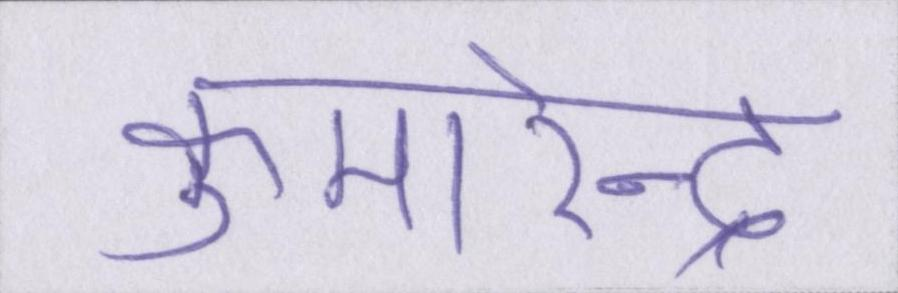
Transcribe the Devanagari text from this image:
कुमारेन्द्र